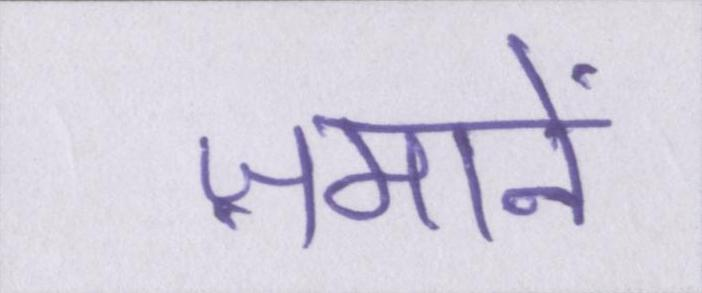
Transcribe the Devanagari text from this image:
ज़मानें